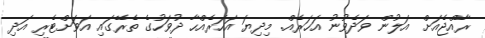
ރާއްޖެއަށް އަލުން ވަދެވުނު އަހަރެއް. މިދިޔަ އަހަރެއްހާ ދުވަހުގެ ތެރޭގައި އަވަށްޓެރި އަދި